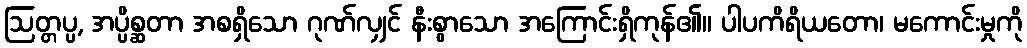
ဩတ္တပ္ပ, အပ္ပိစ္ဆတာ အစရှိသော ဂုဏ်လျှင် နီးစွာသော အကြောင်းရှိကုန်၏။ ပါပကိရိယတော၊ မကောင်းမှုကို